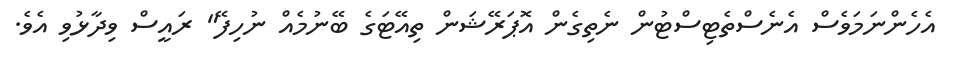
އެހެންނަމަވެސް އެނެސްތެޓިސްޓުން ނެތިގެން އޮޕަރޭޝަން ތިއޭޓަގެ ބޭނުމެއް ނުހިފޭ" ރައީސް ވިދާޅުވި އެވެ.